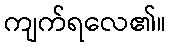
ကျက်ရလေ၏။